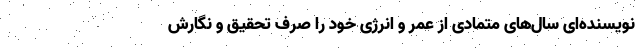
نویسنده‌ای سال‌های متمادی از عمر و انرژی خود را صرف تحقیق و نگارش